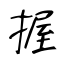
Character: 握